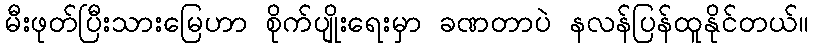
မီးဖုတ်ပြီးသားမြေဟာ စိုက်ပျိုးရေးမှာ ခဏတာပဲ နလန်ပြန်ထူနိုင်တယ်။